Epidemic dropsy in Calcutta - Number 49
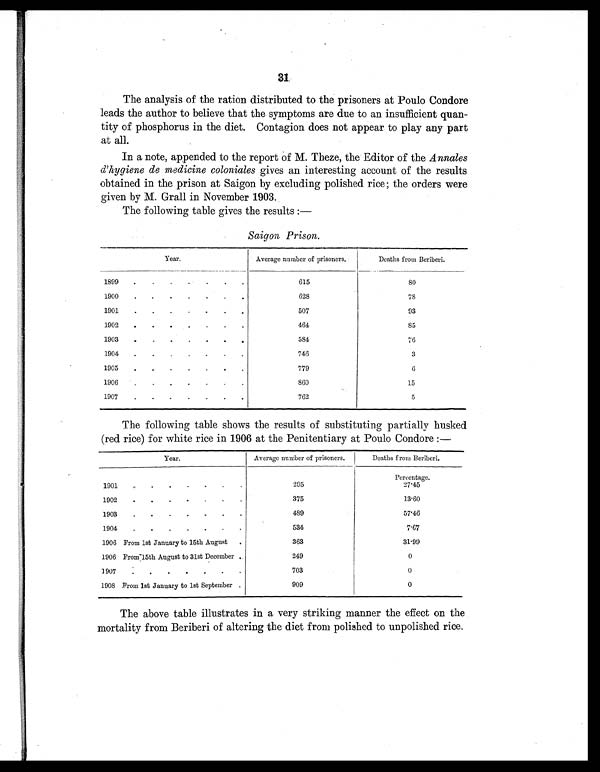
31
The analysis of the ration distributed to the prisoners at Poulo Condore
leads the author to believe that the symptoms are due to an insufficient quan-
tity of phosphorus in the diet. Contagion does not appear to play any part
at all.
In a note, appended to the report of M. Theze, the Editor of the Annales
d'hygiene de medicine coloniales gives an interesting account of the results
obtained in the prison at Saigon by excluding polished rice; the orders were
given by M. Grall in November 1903.
The following table gives the results :—
Saigon Prison.
Year.
Average number of prisoners.
Deaths from Beriberi.
1899.
.
.
. . .
615
8 0
1900
.
.
.
.
.
. .
628
7 8
1901
.
.
. . . . .
507
93
1902
.
.
.
. .
464
85
1903
.
.
. . . . .
584
76
1904
.
.
. . . . .
746
3
1905
.
. . . . . .
779
6
1906
. . . . . . .
860
15
1907
. . . . . . .
762
5
The following table shows the results of substituting partially husked
(red rice) for white rice in 1906 at the Penitentiary at Poulo Condore :—
Year.
Average number of prisoners.
Deaths from Beriberi.
Percentage.
1901
. . . . .
295
27.45
1902
.
.
. . . . .
375
13.60
1903
.
.
.
. .. . .
489
57.46
1904
.
.
.
.
. . .
534
7.67
1906 From 1st January to 15th August
.
363
31.99
1906 From 15th August to 31st December
249
0
1907
. . . . . . .
703
0
1908 From 1st January to 1st September .
909
0
The above table illustrates in a very striking manner the effect on the
mortality from Beriberi of altering the diet from polished to unpolished rice.